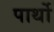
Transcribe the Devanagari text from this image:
पार्थो